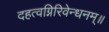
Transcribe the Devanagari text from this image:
दहत्वग्निरिवेन्धनम्॥